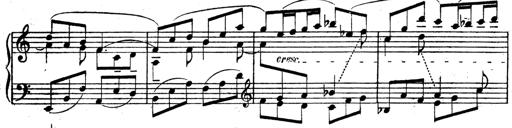
Title: 3 Sonatinas for Piano
Composer: Vissarion Shebalin